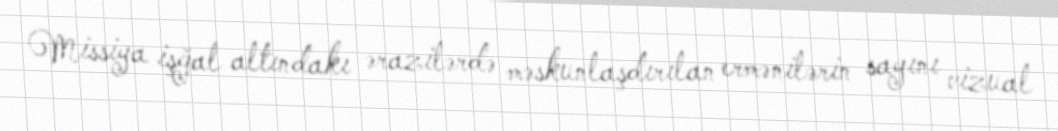
Missiya işğal altındakı ərazilərdə məskunlaşdırılan ermənilərin sayını vizual